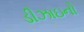
ડીઝાઇનો